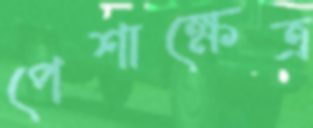
পেশাক্ষেত্র